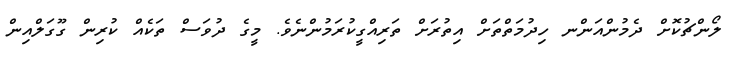
ލޯންޗުކޮށް ދެމުންއަންނ ހިދުމަތްތަށް އިތުރަށް ތަރިއްގީކުރަމުންނެވެ. މީގެ ދުވަސް ތަކެއް ކުރިން ގޫގަލްއިން